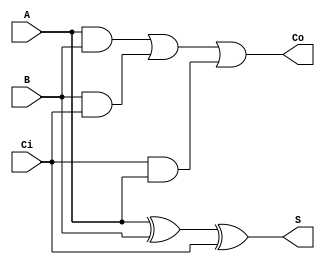
`timescale 1ns / 1ps
//////////////////////////////////////////////////////////////////////////////////
// Assignment No: 6
// Group No     : 8
// Problem No   : 2
// Group Members: Suhas Jain    (19CS30048)
//                Monal Prasad  (19CS30030)
// Semester No  : 5 (Autumn 2021-22)
//////////////////////////////////////////////////////////////////////////////////
// Module to implement a full adder

module full_adder (
    input A, 
    input B, 
    input Ci, 
    output wire S, 
    output wire Co
);
    
    /*
        A: Input bit to add
        B: Input bit to add
        Ci: Input carry bit 
        S: Output sum bit
        Co: Output carry bit
    */

    assign S = A ^ B ^ Ci;                         // Calulating sum bit by taking the XOR
    assign Co = (A & B) | (B & Ci) | (Ci & A);     // Calculating output carry bit by taking OR of pairwise ANDs

endmodule